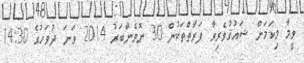
ވީމާ މިކަމަށް ޝައުޤުވެރިވާ ފަރާތްތަކުން 30 ނޮވެންބަރު 2014 ވަނަ ދުވަހުގެ 14:30